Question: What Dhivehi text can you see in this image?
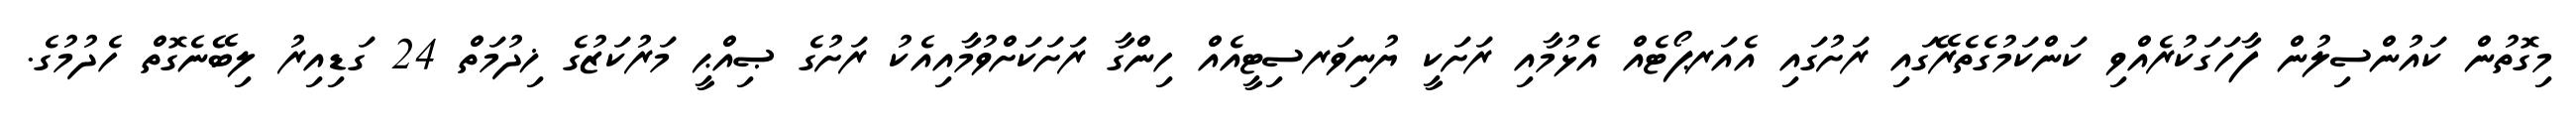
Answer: މިގޮތުން ކައުންސިލުން ފާހަގަކުރެއްވި ކަންކަމުގެތެރޭގައި ރަށުގައި އެއަރޕޯޓެއް އެޅުމާއި ރަށަކީ ޔުނިވަރސިޓީއެއް ހިންގާ ރަށަކަށްވުމާއިއެކު ރަށުގެ ޞިއްޙީ މަރުކަޒުގެ ޚިދުމަތް 24 ގަޑިއިރު ލިބޭނެގޮތް ހެދުމުގެ.